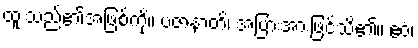
ထူးသည်၏အဖြစ်ကို။ ပဇာနာတိ၊ အပြားအားဖြင့်သိ၏။ ဧဝံ၊